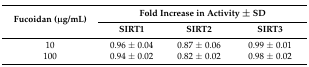
| <ROWSPAN=2> Fucoidan (μg/mL) | <COLSPAN=3> Fold Increase in Activity ± SD |
 | SIRT1 | SIRT2 | SIRT3 |
 | --- | --- | --- | --- |
 | 10 | 0.96 ± 0.04 | 0.87 ± 0.06 | 0.99 ± 0.01 |
 | 100 | 0.94 ± 0.02 | 0.82 ± 0.02 | 0.98 ± 0.02 |